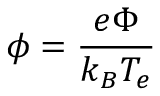
\phi = \frac { e \Phi } { k _ { B } T _ { e } }